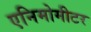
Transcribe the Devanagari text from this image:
एनिमोमीटर